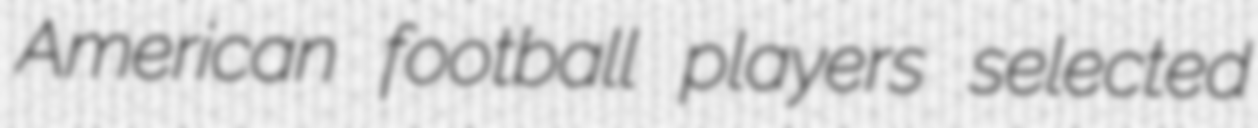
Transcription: American football players selected